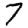
Digit: 7